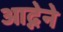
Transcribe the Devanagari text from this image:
आद्नेने